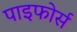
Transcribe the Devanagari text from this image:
पाइफोर्स